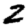
Digit: 2